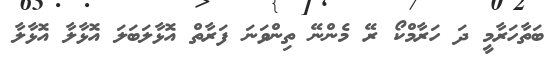
ބަތާހަރާމީ ދަ ހަރާމްކޯ ރޭ މެންނޭ ތިންވަނަ ފަރާތް އޮޅާލަބަލަ އޮޅާލާ އޮޅާލާ